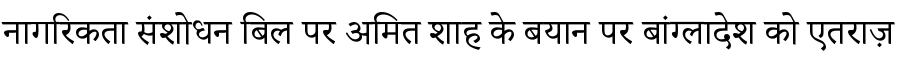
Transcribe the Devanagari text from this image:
नागरिकता संशोधन बिल पर अमित शाह के बयान पर बांग्लादेश को एतराज़